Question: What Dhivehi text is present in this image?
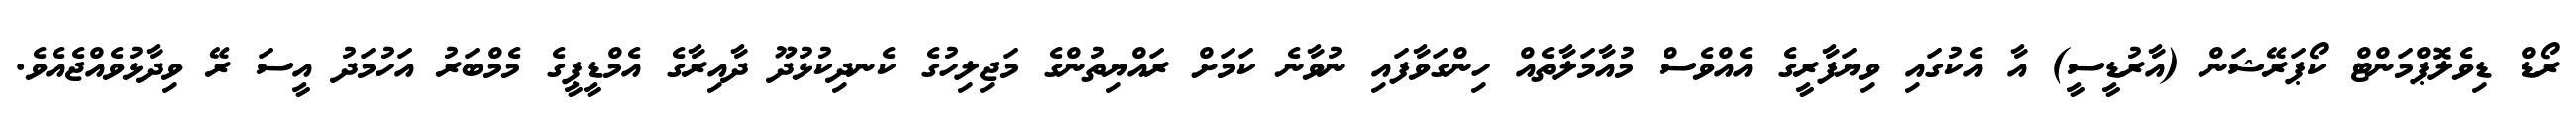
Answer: ރޯޑް ޑިވެލޮޕްމަންޓް ކޯޕަރޭޝަން (އާރުޑީސީ) އާ އެކުގައި ވިޔަފާރީގެ އެއްވެސް މުއާމަލާތެއް ހިންގަވާފައި ނުވާނެ ކަމަށް ރައްޔިތުންގެ މަޖިލިހުގެ ކެނދިކުޅުދޫ ދާއިރާގެ އެމްޑީޕީގެ މެމްބަރު އަހުމަދު އީސަ ރޭ ވިދާޅުވެއްޖެއެވެ.